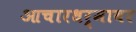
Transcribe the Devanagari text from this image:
आचारधर्मावर